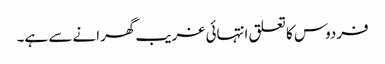
فردوس کا تعلق انتہائی غریب گھرانے سے ہے۔